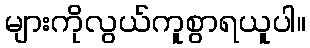
များကိုလွယ်ကူစွာရယူပါ။